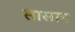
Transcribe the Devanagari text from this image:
सासान